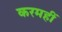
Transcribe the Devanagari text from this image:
करमहीं